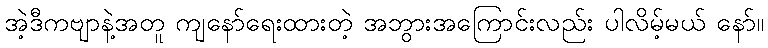
အဲ့ဒီကဗျာနဲ့အတူ ကျနော်ရေးထားတဲ့ အဘွားအကြောင်းလည်း ပါလိမ့်မယ် နော်။